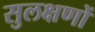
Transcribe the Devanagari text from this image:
सुलक्षणों